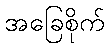
အခြေစိုက်